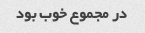
در مجموع خوب بود